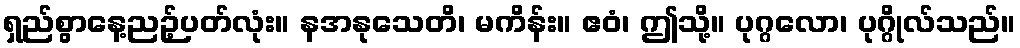
ရှည်စွာနေ့ညဉ့်ပတ်လုံး။ နအနုသေတိ၊ မကိန်း။ ဧဝံ၊ ဤသို့။ ပုဂ္ဂလော၊ ပုဂ္ဂိုလ်သည်။